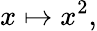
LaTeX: x\mapsto x^{2},